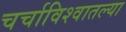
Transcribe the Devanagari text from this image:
चर्चाविश्वातल्या